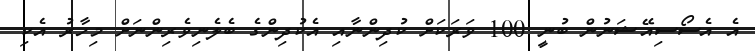
އެ އެސޯސިއޭޝަނުން ބުނީ 100 ވަރަކަށް ކުދިންނާއި އެކުދިންގެ ބެލެނިވެރިންނަށް މިހާރު އެކި